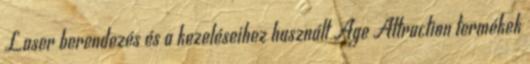
Laser berendezés és a kezeléseihez használt Age Attraction termékek